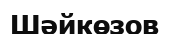
Шәйкөзов